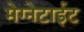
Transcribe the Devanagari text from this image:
मेग्नेटाईट